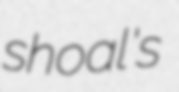
shoal's